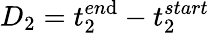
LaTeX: D_{2}=t_{2}^{en\mathrm{d}}-t_{2}^{start}